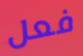
فعل